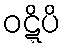
ဝဋ္ဋိပိ